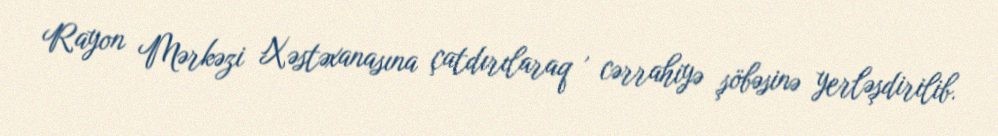
Rayon Mərkəzi Xəstəxanasına çatdırılaraq , cərrahiyə şöbəsinə yerləşdirilib.